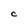
Character: C